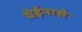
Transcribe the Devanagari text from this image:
येईनासे